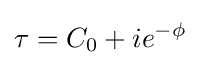
\tau =C_{0}+ie^{-\phi }